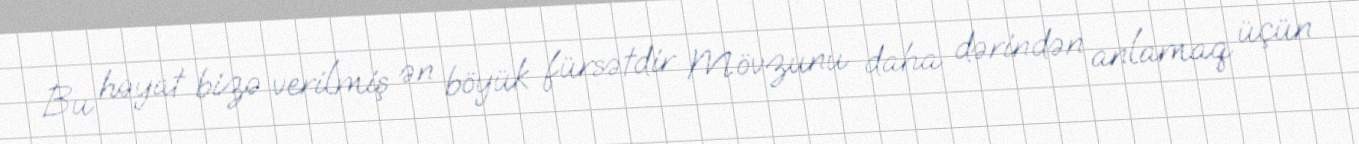
Bu həyat bizə verilmiş ən böyük fürsətdir Mövzunu daha dərindən anlamaq üçün